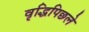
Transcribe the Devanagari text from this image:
वृद्धिपिछले